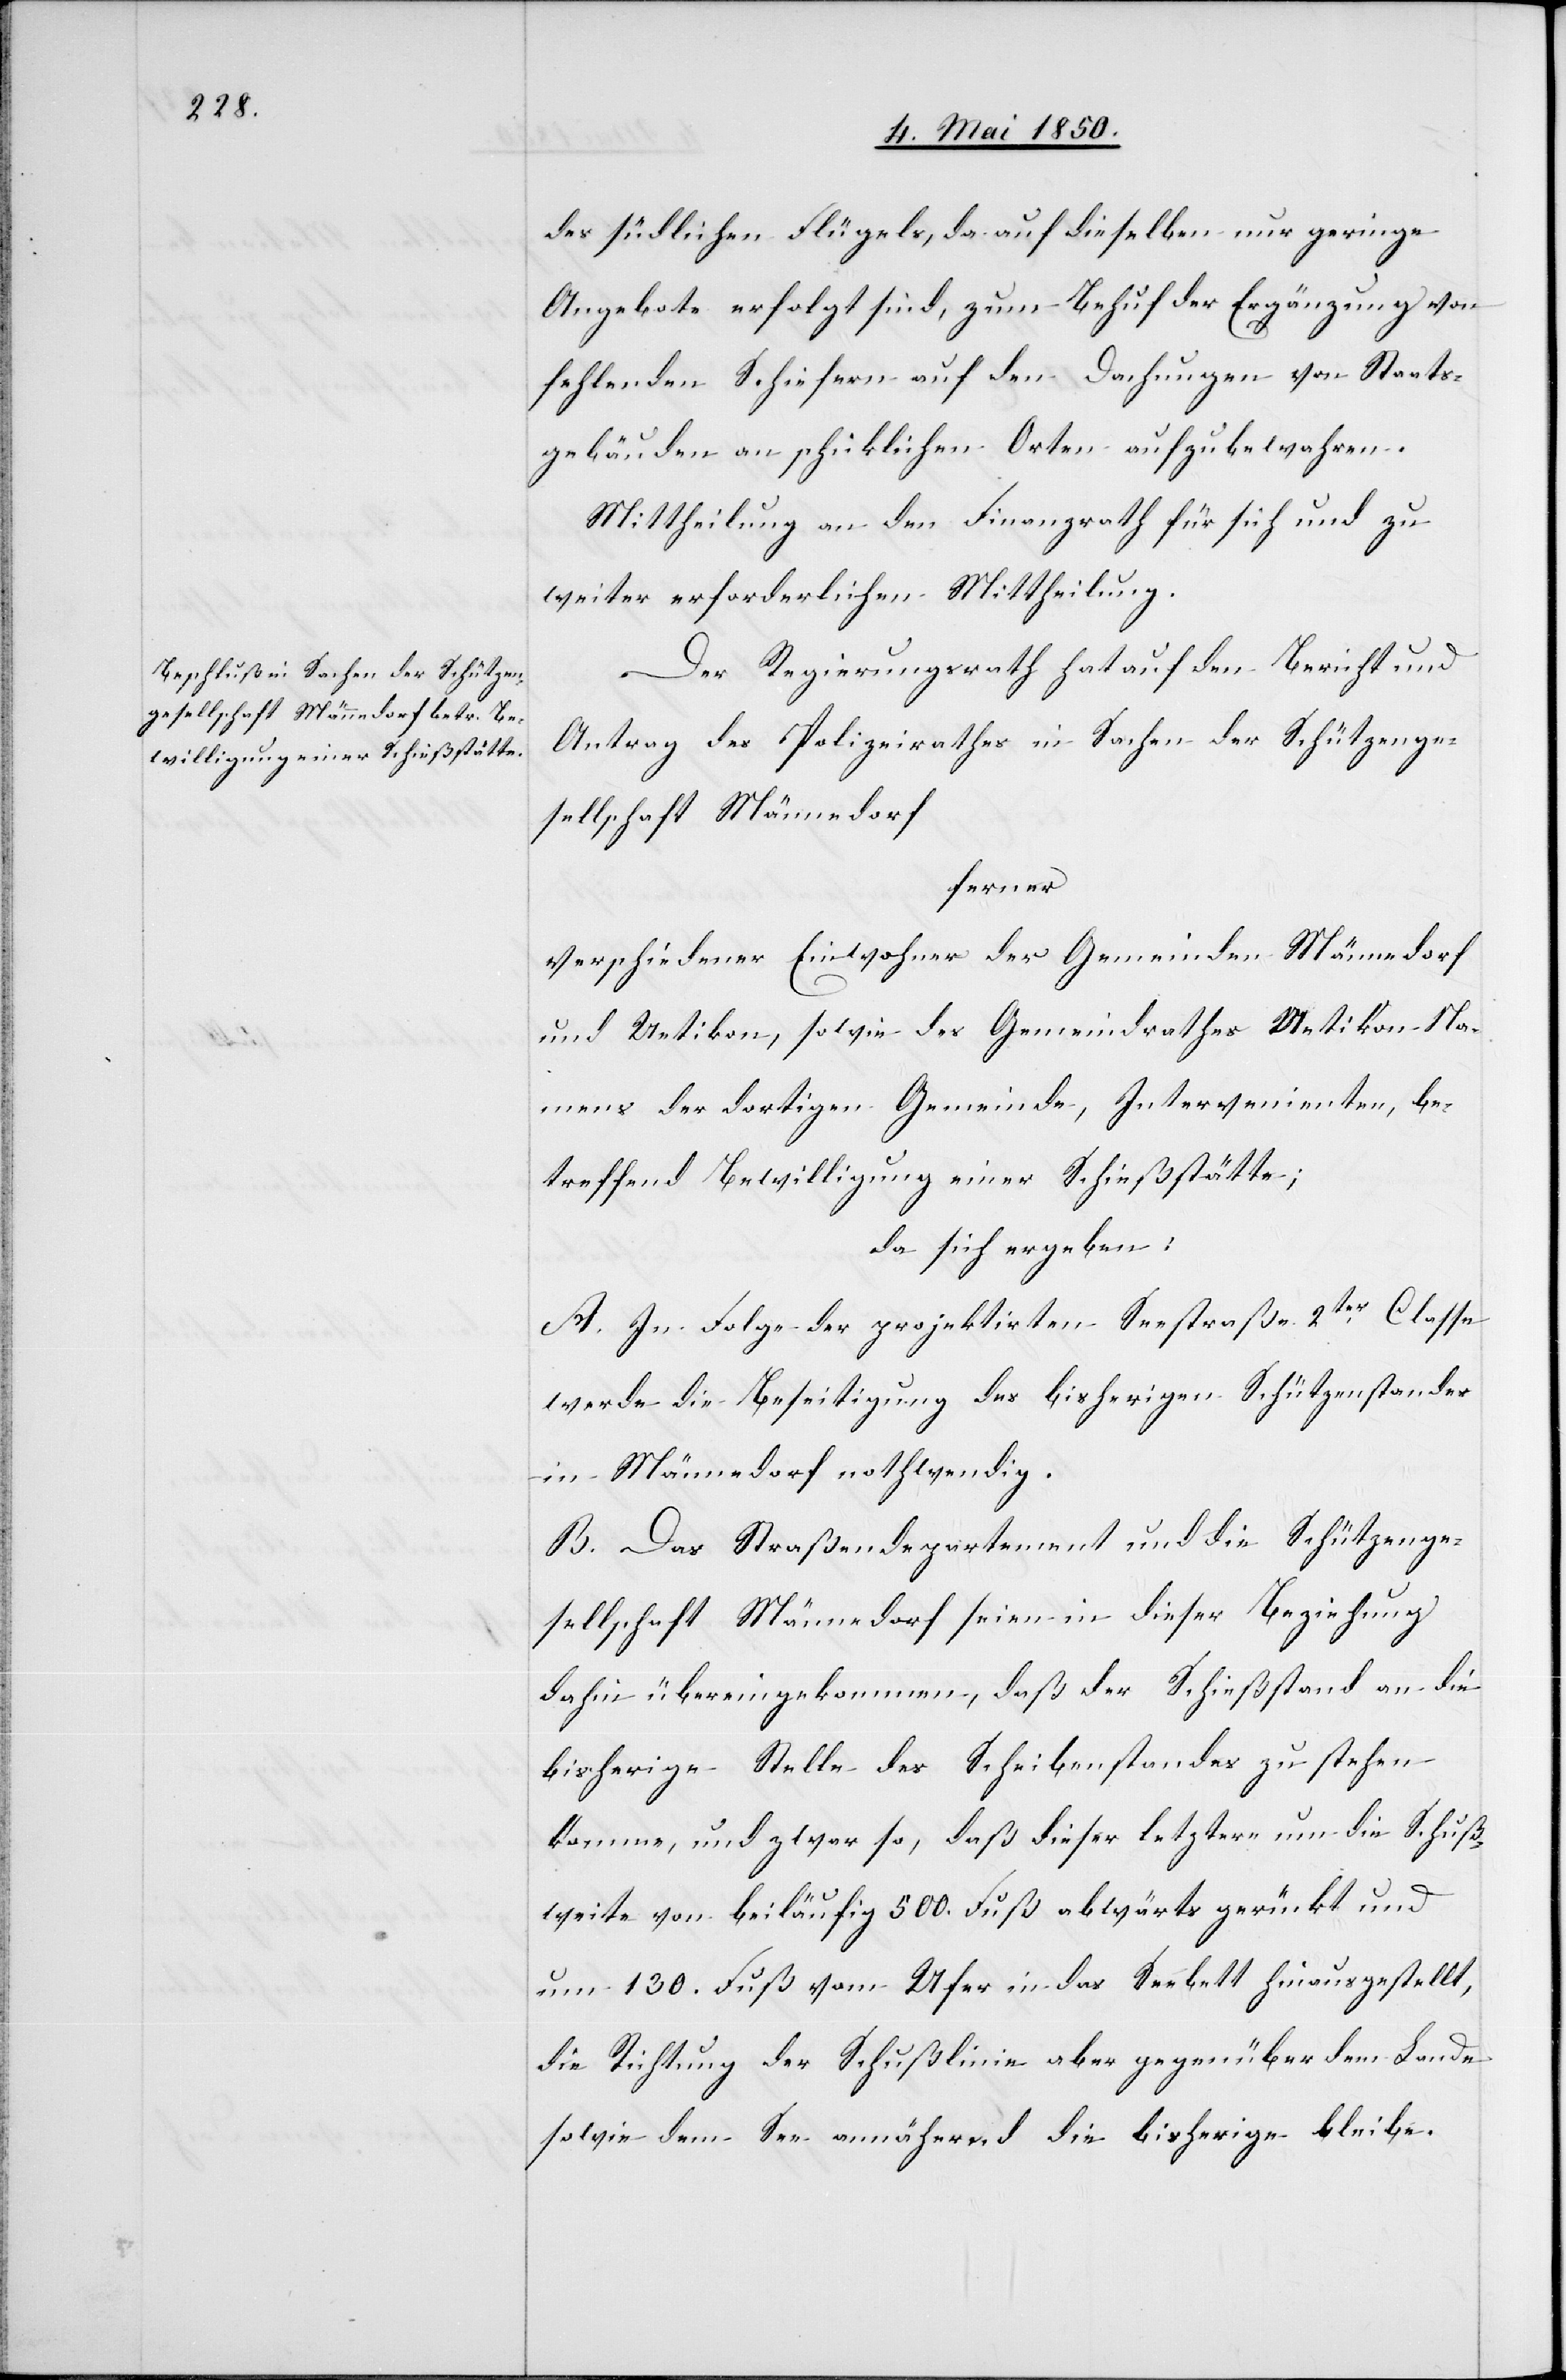
des südlichen Flügels, da auf dieselben nur geringe
Angebote erfolgt sind, zum Behuf der Ergänzung von
fehlenden Schiefern auf den Dachungen von Staats¬
gebäuden an schicklichen Orten aufzubewahren.
Mittheilung an den Finanzrath für sich und zu
weiter erforderlichen Mittheilung.
Der Regierungsrath hat auf den Bericht und
Antrag des Polizeirathes in Sachen der Schützenge¬
sellschaft Männedorf
ferner
verschiedener Einwohner der Gemeinden Männedorf
und Uetikon, sowie des Gemeindrathes Uetikon Na¬
mens der dortigen Gemeinde, Intervenienten, be¬
treffend Bewilligung einer Schießstätte;
da sich ergeben:
A. In Folge der projektirten Seestraße 2ter Classe
werde die Beseitigung des bisherigen Schützenstandes
in Männedorf nothwendig.
B. Das Straßendepartement und die Schützenge¬
sellschaft Männedorf seien in dieser Beziehung
dahin übereingekommen, daß der Schießstand an die
bisherige Stelle des Scheibenstandes zu stehen
komme, und zwar so, daß dieser letztere um die Schuß¬
weite von beiläufig 500. Fuß abwärts gerückt und
nun 130. Fuß vom Ufer in das Seebett hinausgestellt,
die Richtung der Schußlinie aber gegenüber dem Lande
sowie dem See annähernd die bisherige bleibe.